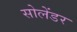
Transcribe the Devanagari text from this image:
सोलेंडर